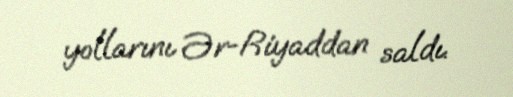
yollarını Ər-Riyaddan saldı.